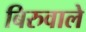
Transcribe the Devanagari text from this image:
बिरुवाले